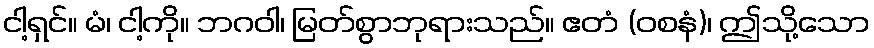
ငါ့ရှင်။ မံ၊ ငါ့ကို။ ဘဂဝါ၊ မြတ်စွာဘုရားသည်။ ဧတံ (ဝစနံ)၊ ဤသို့သော